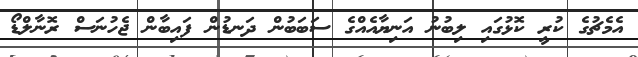
އެމެޗުގެ ކުރީ ކޮޅުގައި ލިބުނު އަނިޔާއެއްގެ ސަބަބުން ދަނޑުން ފައިބާން ޖެހުނަސް ރޮނާލްޑޯ